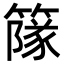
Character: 䉌